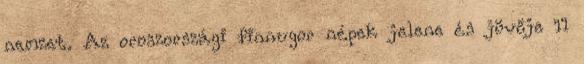
nemzet. Az oroszországi finnugor népek jelene és jövője 11